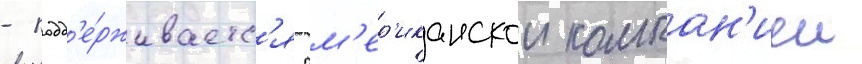
- подд'е́рживаетс'я ам'ер'иканскои компан'иеи